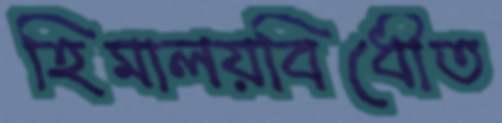
হিমালয়বিধৌত